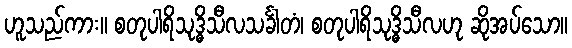
ဟူသည်ကား။ စတုပါရိသုဒ္ဓိသီလသင်္ခါတံ၊ စတုပါရိသုဒ္ဓိသီလဟု ဆိုအပ်သော။